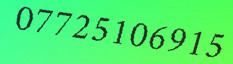
07725106915